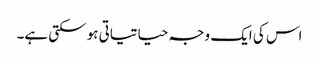
اس کی ایک وجہ حیاتیاتی ہو سکتی ہے۔